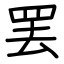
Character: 罢